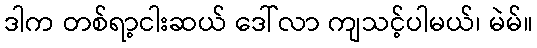
ဒါက တစ်ရာ့ငါးဆယ် ဒေါ်လာ ကျသင့်ပါမယ်၊ မဲမ်။